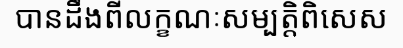
បានដឹងពីលក្ខណៈសម្បត្តិពិសេស